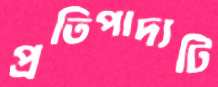
প্রতিপাদ্যটি